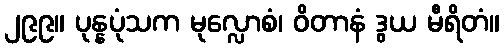
၂၉၉။ ပုန္နပုံသက မုလ္လောစံ၊ ဝိတာနံ ဒွယ မီရိတံ။